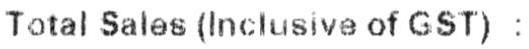
TOTAL SALES (INCLUSIVE OF GST) :